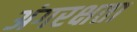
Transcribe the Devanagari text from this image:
अंगरक्षता